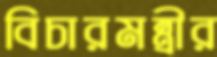
বিচারমন্ত্রীর